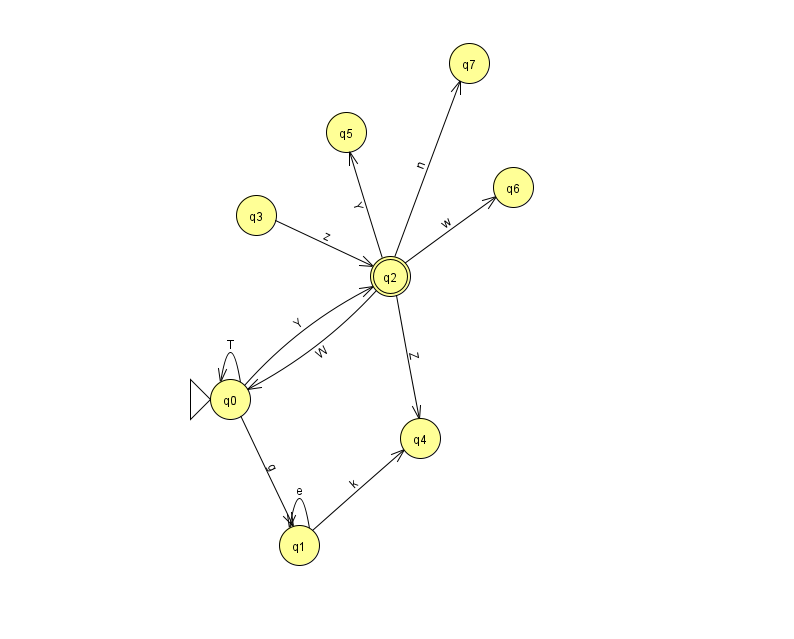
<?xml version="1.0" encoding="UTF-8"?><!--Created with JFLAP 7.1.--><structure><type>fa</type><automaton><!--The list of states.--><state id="0" name="q0"><x>230.0</x><y>386.0</y><initial/></state><state id="1" name="q1"><x>299.0</x><y>532.0</y></state><state id="2" name="q2"><x>390.0</x><y>263.0</y><final/></state><state id="3" name="q3"><x>256.0</x><y>202.0</y></state><state id="4" name="q4"><x>420.0</x><y>425.0</y></state><state id="5" name="q5"><x>346.0</x><y>119.0</y></state><state id="6" name="q6"><x>513.0</x><y>174.0</y></state><state id="7" name="q7"><x>469.0</x><y>50.0</y></state><!--The list of transitions.--><transition><from>0</from><to>0</to><read>T</read></transition><transition><from>1</from><to>1</to><read>e</read></transition><transition><from>2</from><to>6</to><read>w</read></transition><transition><from>1</from><to>4</to><read>k</read></transition><transition><from>2</from><to>4</to><read>Z</read></transition><transition><from>0</from><to>2</to><read>Y</read></transition><transition><from>3</from><to>2</to><read>z</read></transition><transition><from>0</from><to>1</to><read>g</read></transition><transition><from>2</from><to>0</to><read>W</read></transition><transition><from>2</from><to>7</to><read>n</read></transition><transition><from>2</from><to>5</to><read>Y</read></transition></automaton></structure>